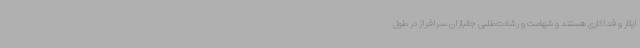
ایثار و فداکاری هستند و شهامت و رشادت‌طلبی جانبازان سرافراز در طول